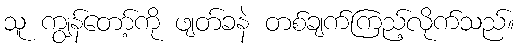
သူ ကျွန်တော့်ကို ဖျတ်ခနဲ တစ်ချက်ကြည့်လိုက်သည်။